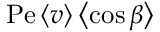
\mathrm { P e } \left\langle v \right\rangle \left\langle \cos \beta \right\rangle